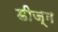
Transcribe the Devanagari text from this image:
डीज्म